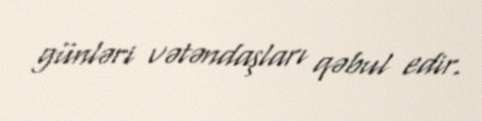
günləri vətəndaşları qəbul edir.